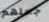
جعلهم